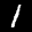
Label: 1